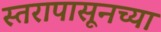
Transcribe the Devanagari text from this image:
स्तरापासूनच्या